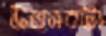
উত্সবটা